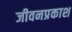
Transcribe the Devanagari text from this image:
जीवनप्रकाश